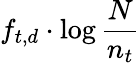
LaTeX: f_{t,d}\cdot\log{\frac{N}{n_{t}}}